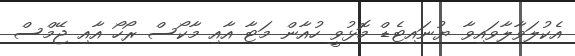
އެކުލަވާލާވައިވާ ޔުނައިޓެޑް މޮޅުވީ ހުއާން މަޓާ އާއި މާކޯސް ރޯހޯ އާއި ޖޭމްސް